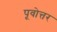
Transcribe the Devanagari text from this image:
पूवोत्तर